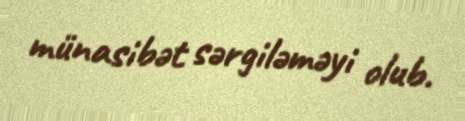
münasibət sərgiləməyi olub.